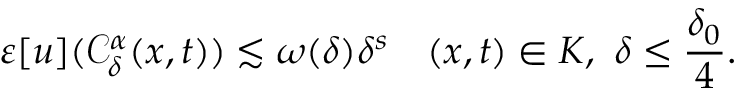
\varepsilon [ u ] ( \mathcal { C } _ { \delta } ^ { \alpha } ( x , t ) ) \lesssim \omega ( \delta ) \delta ^ { s } \ \ \ ( x , t ) \in K , \ \delta \leq \frac { \delta _ { 0 } } { 4 } .